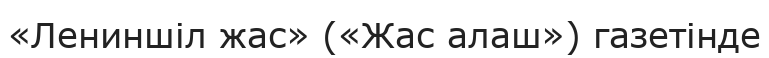
«Лениншіл жас» («Жас алаш») газетінде